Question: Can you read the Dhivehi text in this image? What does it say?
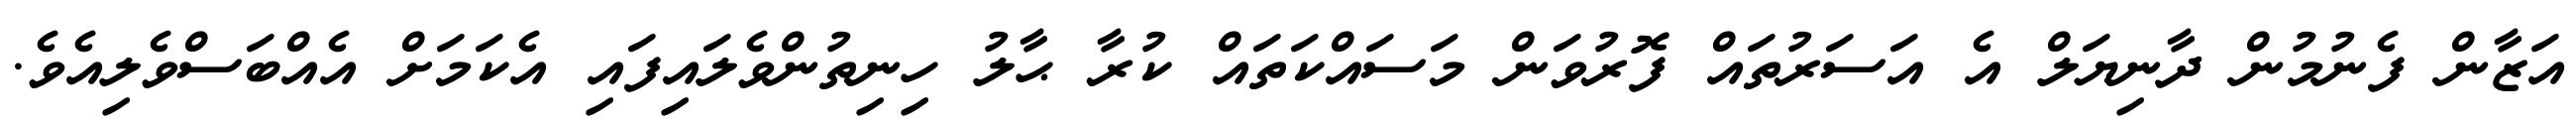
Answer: އަޒާން ފެނުމުން ދާނިޔަލް އެ އަސަރުތައް ފޮރުވަން މަސައްކަތައް ކުރާ ޙާލު ހިނިތުންވެލައިފައި އެކަމަށް އެއްބަސްވެލިއެވެ.